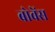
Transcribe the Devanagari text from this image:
बोवेंस